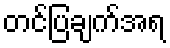
တင်ပြချက်အရ